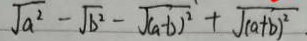
\sqrt { a ^ { 2 } } - \sqrt { b ^ { 2 } } - \sqrt { ( a - b ) ^ { 2 } } + \sqrt { ( a + b ) ^ { 2 } } .